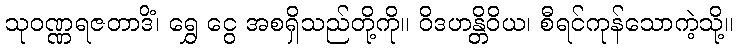
သုဝဏ္ဏရဇတာဒိံ၊ ရွှေ ငွေ အစရှိသည်တို့ကို။ ဝိဒဟန္တိဝိယ၊ စီရင်ကုန်သောကဲ့သို့။